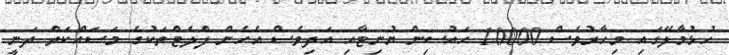
ހުޅުމާލޭގައި މިހާރުވެސް 10000 ހައުސިން ޔުނިޓާއި އަދިވެސް އެހެން ފްލެޓްތަކުގެ މަސައްކަތް ދަނީ